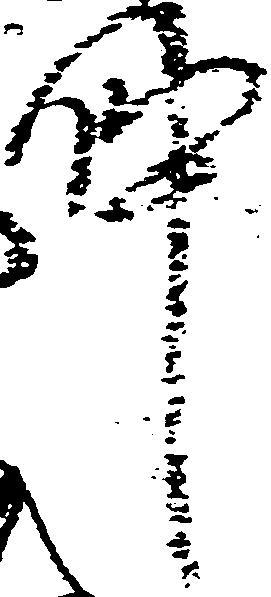
件